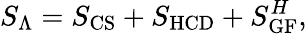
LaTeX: S_{\Lambda}=S_{\mathrm{CS}}+S_{\mathrm{HCD}}+S_{\mathrm{GF}}^{H},